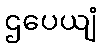
ဌပေယျံ